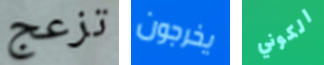
تزعج يخرجون الكوني